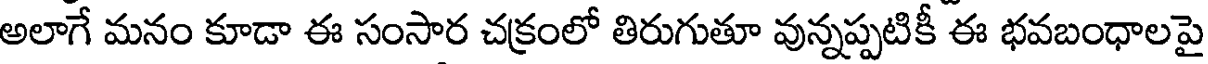
అలాగే మనం కూడా ఈ సంసార చక్రంలో తిరుగుతూ వున్నప్పటికీ ఈ భవబంధాలపై